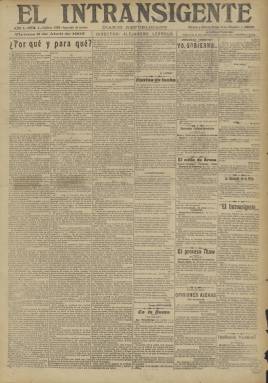
Título: El Intransigente (Madrid)
Colección: Periódicos
Ámbito geográfico: Madrid
Lugar de publicación: Madrid
Fechas: 05/04/1907-30/06/1907

Diario republicano fundado y dirigido por Alejandro Lerroux en Madrid, complementario del editado en Barcelona con el título de El Progreso para arropar al Partido Radical, formación política creada por Lerroux ese mismo año con el fin de disputar el liderazgo en las filas republicanas a Nicolás Salmerón, ex presidente de la I República española en 1873.

  La fundación de El Intransigente supone la ruptura de Lerroux con la Unión Republicana de Salmerón, y la corta vida de la publicación, del 5 de abril al 6 de julio de 1907, refleja el fracaso de aquel en lograr la victoria sobre Salmerón dentro de la Unión Republicana, y el inicio de su camino independiente como jefe del partido Radical, con el que llegaría a ser presidente del Gobierno durante la II República pero ya con un ideario moderado y centrista.

  “Somos los embajadores de la demagogia execrable que anatematiza el señor Salmerón”, señalaba en su primer número El Intransigente, que se declaraba dispuesto a “la conquista de la República por medio de la revolución”.

En el mismo primer número, Lerroux firmaba un artículo en el que reprochaba a la Unión Republicana su alianza con los burgueses de Solidaridad Catalana: “¿Qué fe ha de poner la clase obrera en unos hombres y en un partido que pactan y se alían con sus enemigos en la teoría y sus explotadores en la práctica? ¿Cómo pretender que el proletariado se incorpore a nuestras filas?”, clamaba.

  De cuatro páginas, la última dedicada a la publicidad, y compuesto a seis columnas de apretada información, el periódico era una publicación doctrinaria de partido que incluía sobre todo noticias de actualidad política nacional e internacional pero en el que no era fácil distinguir la opinión de la información propiamente dicha.

  El Intransigente se había fundado en vísperas de las elecciones convocadas por el Gobierno de Maura el 21 de abril de 1907 para apoyar las candidaturas propias del Partido Radical, separadas de las de Unión Republicana, para Madrid y Barcelona. En la de Madrid figuraba el escritor Benito Pérez Galdos y en la de Barcelona el propio Lerroux; ambos fueron derrotados y el culpable para el periódico era Salmerón.

  A finales de junio se convocó en Madrid una asamblea nacional de la Unión Republicana en la que los partidarios de Salmerón y Lerroux, que estaban en minoría, casi llegaron a las manos. Al no lograr su objetivo de expulsar de la jefatura al viejo líder republicano, Lerroux suspendió la publicación de El Intransigente el 6 de julio de 1907, según se puede leer en la Historia del Periodismo Español de Pedro Gómez Aparicio. La colección de la BNE sólo llega hasta el número de 30 de junio.

[Descripción publicada el 10/01/2019]